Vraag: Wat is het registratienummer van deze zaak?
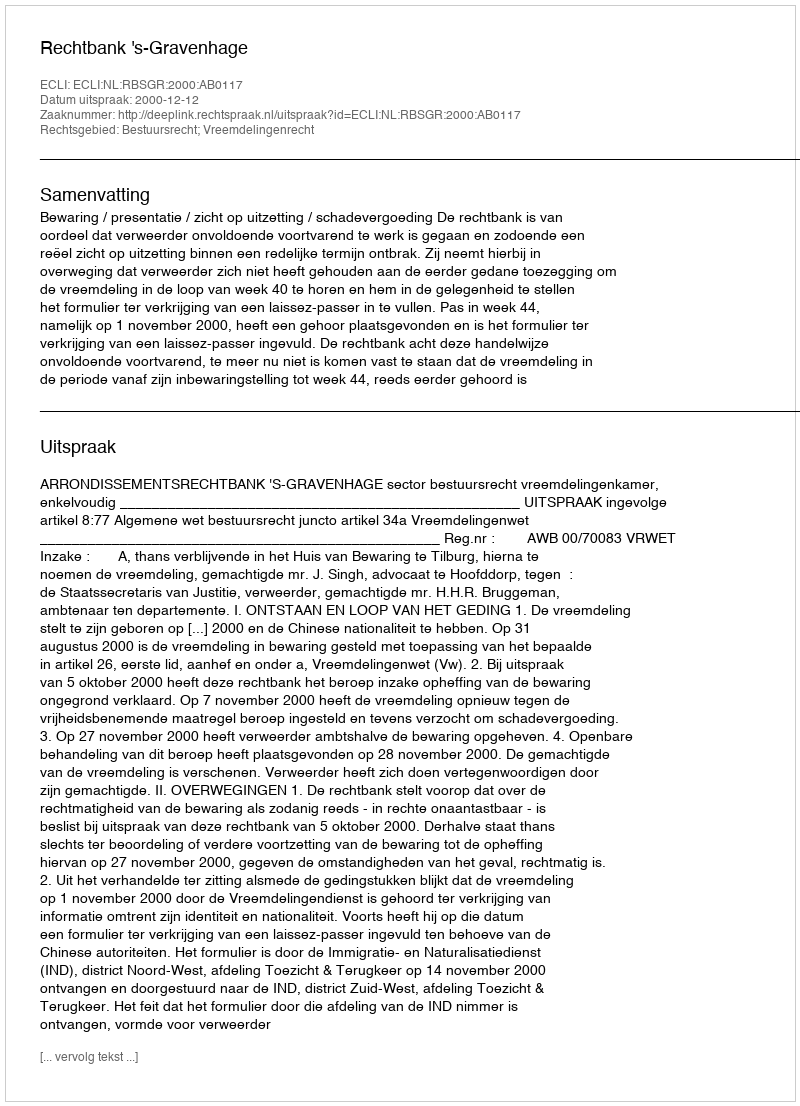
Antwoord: http://deeplink.rechtspraak.nl/uitspraak?id=ECLI:NL:RBSGR:2000:AB0117